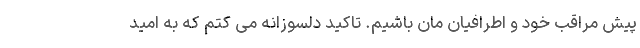
پیش مراقب خود و اطرافیان مان باشیم. تاکید دلسوزانه می کتم که به امید